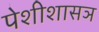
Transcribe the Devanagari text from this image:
पेशीशासञ